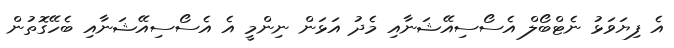
އެ ފިޔަވަޅު ނެޓްބޯލް އެސޯސިއޭޝަނާއި މެދު އަޅަން ނިންމީ އެ އެސޯސިއޭޝަނާއި ބެހޭގޮތުން